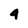
Character: 4